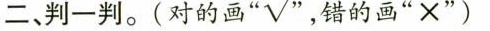
二、判一判。(对的画”√”，错的画”×”)